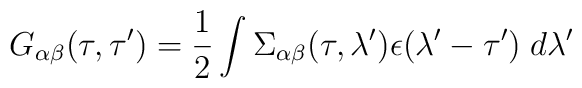
G_{\alpha\beta}(\tau,\tau^{\prime})       =\frac{1}{2}\int       \Sigma_{\alpha\beta}(\tau,\lambda^{\prime})       \epsilon(\lambda^{\prime}-       \tau^{\prime})\;d\lambda^{\prime}